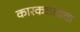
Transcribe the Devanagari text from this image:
कारकवाचक